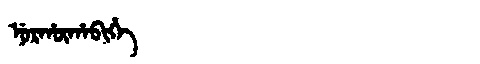
Manchu: ᠨᡠᡵᡥᡡᡥᠠᠪᡳᡥᡝ
Romanization: NURHŪHABIHE